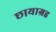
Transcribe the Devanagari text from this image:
छायाग्रह